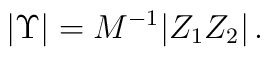
|\Upsilon| = M^{-1}|Z_{1}Z_{2}|\, .